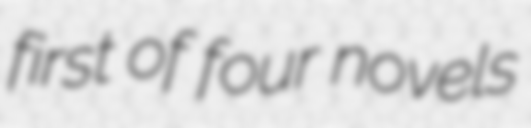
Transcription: first of four novels